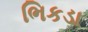
ભિકડા